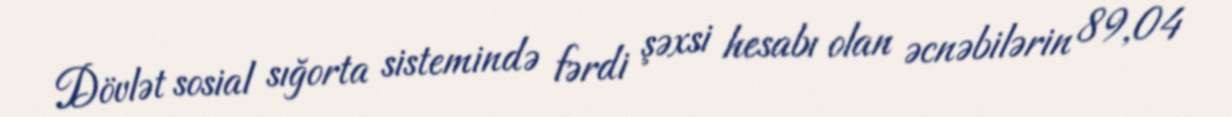
Dövlət sosial sığorta sistemində fərdi şəxsi hesabı olan əcnəbilərin 89,04